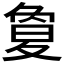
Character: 𡕱